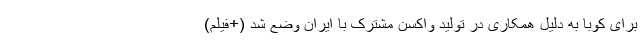
برای کوبا به دلیل همکاری در تولید واکسن مشترک با ایران وضع شد (+فیلم)